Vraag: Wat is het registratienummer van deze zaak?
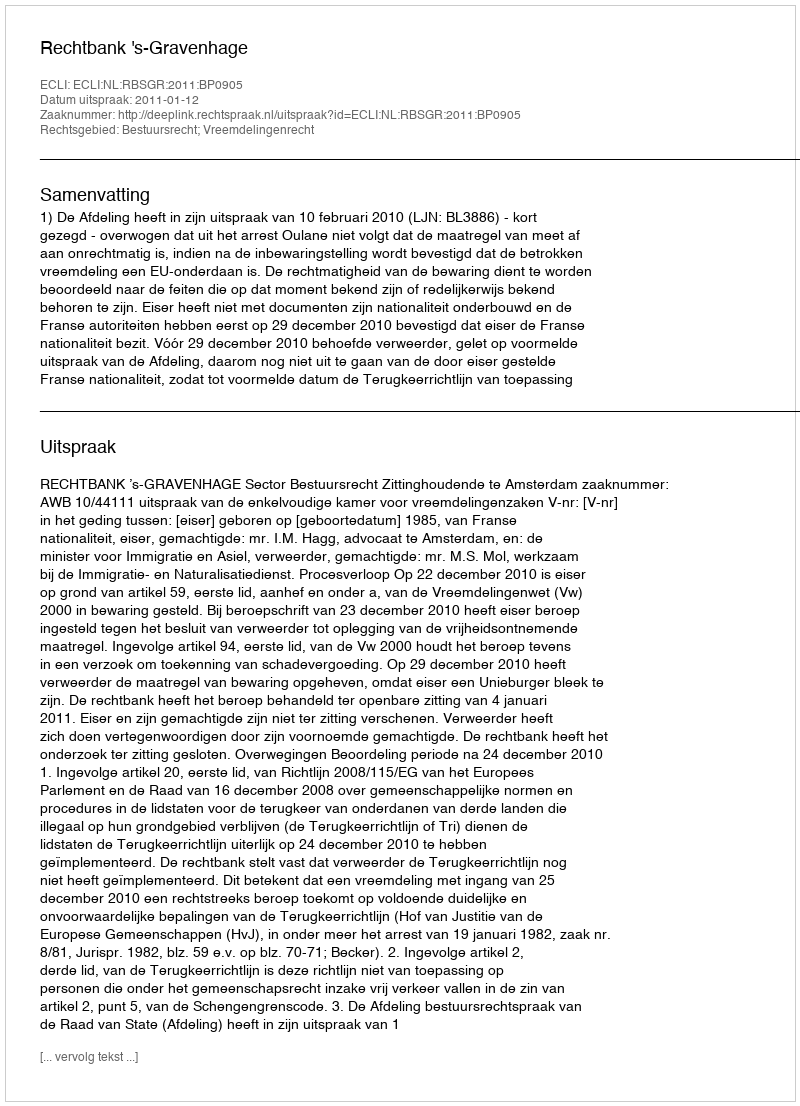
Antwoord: http://deeplink.rechtspraak.nl/uitspraak?id=ECLI:NL:RBSGR:2011:BP0905